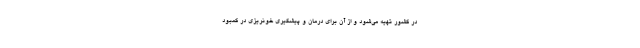
در کشور تهیه می‌شود و از آن برای درمان و پیشگیری خونریزی در کمبود